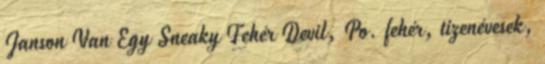
Janson Van Egy Sneaky Fehér Devil, Po. fehér, tizenévesek,